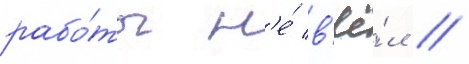
рабо́ты н'е́ в'ё́л //